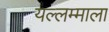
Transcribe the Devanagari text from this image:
यल्लम्माला